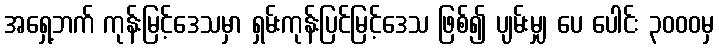
အရှေ့ဘက် ကုန်းမြင့်ဒေသမှာ ရှမ်းကုန်းပြင်မြင့်ဒေသ ဖြစ်၍ ပျမ်းမျှ ပေ ပေါင်း ၃၀၀၀မှ